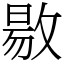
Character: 敭